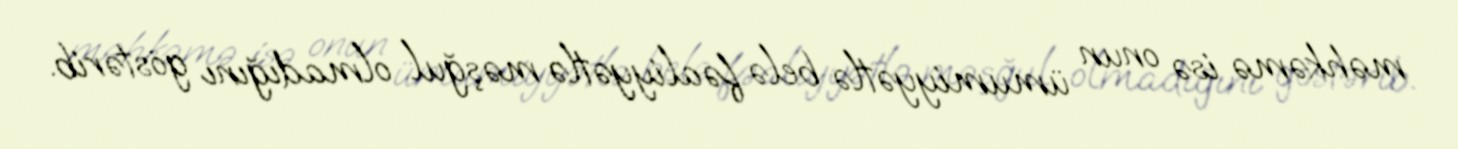
məhkəmə isə onun ümumiyyətlə belə fəaliyyətlə məşğul olmadığını göstərib.